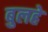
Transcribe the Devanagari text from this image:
बुलहे